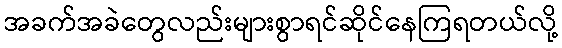
အခက်အခဲတွေလည်းများစွာရင်ဆိုင်နေကြရတယ်လို့